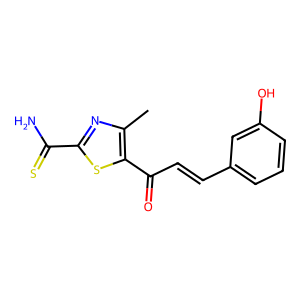
SMILES: Cc1nc(C(N)=S)sc1C(=O)C=Cc1cccc(O)c1
Inhibits HIV replication: No